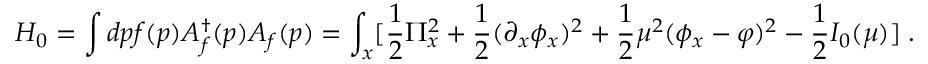
H _ { 0 } = \int d p f ( p ) A _ { f } ^ { \dagger } ( p ) A _ { f } ( p ) = \int _ { x } [ { \frac { 1 } { 2 } } \Pi _ { x } ^ { 2 } + { \frac { 1 } { 2 } } ( \partial _ { x } \phi _ { x } ) ^ { 2 } + { \frac { 1 } { 2 } } \mu ^ { 2 } ( \phi _ { x } - \varphi ) ^ { 2 } - { \frac { 1 } { 2 } } I _ { 0 } ( \mu ) ] \; .